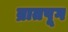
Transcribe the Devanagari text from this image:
ब्रातपूग